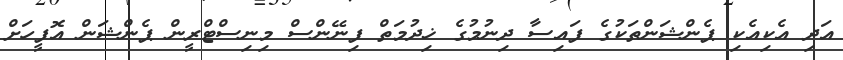
އަދި އެކިއެކި ޕެންޝަންތަކުގެ ފައިސާ ދިނުމުގެ ޚިދުމަތް ފިނޭންސް މިނިސްޓްރީން ޕެންޝަން އޮފީހަށް